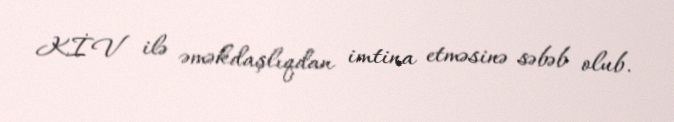
KİV ilə əməkdaşlıqdan imtina etməsinə səbəb olub.